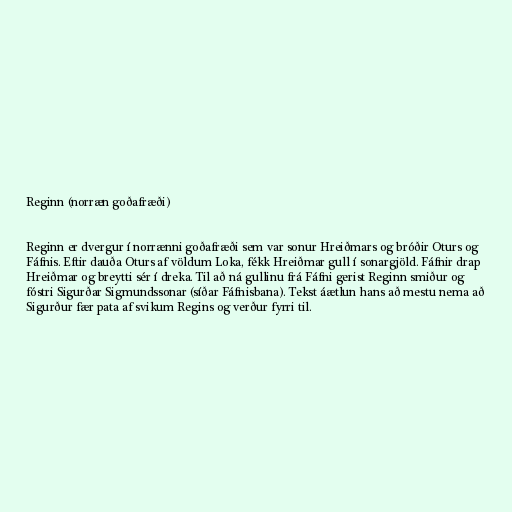
Reginn (norræn goðafræði)

Reginn er dvergur í norrænni goðafræði sem var sonur Hreiðmars og bróðir Oturs og
Fáfnis. Eftir dauða Oturs af völdum Loka, fékk Hreiðmar gull í sonargjöld. Fáfnir drap
Hreiðmar og breytti sér í dreka. Til að ná gullinu frá Fáfni gerist Reginn smiður og
fóstri Sigurðar Sigmundssonar (síðar Fáfnisbana). Tekst áætlun hans að mestu nema að
Sigurður fær pata af svikum Regins og verður fyrri til.